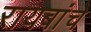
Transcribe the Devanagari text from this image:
रायबांचे